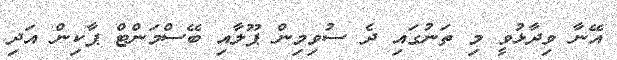
އޭނާ ވިދާޅުވީ މި ތަނުގައި ދެ ސުވިމިން ޕޫލާއި ބޭސްމަންޓް ޕާކިން އަދި